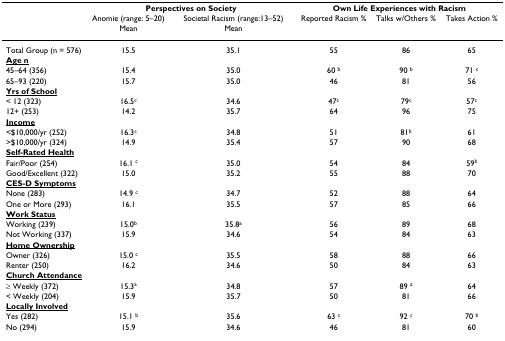
<table><thead><tr><td></td><td colspan="2"><b>Perspectives on Society</b></td><td colspan="3"><b>Own Life Experiences with Racism</b></td></tr><tr><td></td><td><b>Anomie (range: 5–20) Mean</b></td><td><b>Societal Racism (range:13–52) Mean</b></td><td><b>Reported Racism %</b></td><td><b>Talks w/Others %</b></td><td><b>Takes Action %</b></td></tr></thead><tbody><tr><td>Total Group (n = 576)</td><td>15.5</td><td>35.1</td><td>55</td><td>86</td><td>65</td></tr><tr><td><b><underline>Age </underline><underline>n</underline></b></td><td></td><td></td><td></td><td></td><td></td></tr><tr><td>45–64 (356)</td><td>15.4</td><td>35.0</td><td>60 <sup>b</sup></td><td>90 <sup>b</sup></td><td>71 <sup>c</sup></td></tr><tr><td>65–93 (220)</td><td>15.7</td><td>35.0</td><td>46</td><td>81</td><td>56</td></tr><tr><td><b><underline>Yrs of School</underline></b></td><td></td><td></td><td></td><td></td><td></td></tr><tr><td>&lt; 12 (323)</td><td>16.5<sup>c</sup></td><td>34.6</td><td>47<sup>c</sup></td><td>79<sup>c</sup></td><td>57<sup>c</sup></td></tr><tr><td>12+ (253)</td><td>14.2</td><td>35.7</td><td>64</td><td>96</td><td>75</td></tr><tr><td><b><underline>Income</underline></b></td><td></td><td></td><td></td><td></td><td></td></tr><tr><td>&lt;$10,000/yr (252)</td><td>16.3<sup>c</sup></td><td>34.8</td><td>51</td><td>81<sup>b</sup></td><td>61</td></tr><tr><td>&gt;$10,000/yr (324)</td><td>14.9</td><td>35.4</td><td>57</td><td>90</td><td>68</td></tr><tr><td><b><underline>Self-Rated Health</underline></b></td><td></td><td></td><td></td><td></td><td></td></tr><tr><td>Fair/Poor (254)</td><td>16.1 <sup>c</sup></td><td>35.0</td><td>54</td><td>84</td><td>59<sup>b</sup></td></tr><tr><td>Good/Excellent (322)</td><td>15.0</td><td>35.2</td><td>55</td><td>88</td><td>70</td></tr><tr><td><b><underline>CES-D Symptoms</underline></b></td><td></td><td></td><td></td><td></td><td></td></tr><tr><td>None (283)</td><td>14.9 <sup>c</sup></td><td>34.7</td><td>52</td><td>88</td><td>64</td></tr><tr><td>One or More (293)</td><td>16.1</td><td>35.5</td><td>57</td><td>85</td><td>66</td></tr><tr><td><b><underline>Work Status</underline></b></td><td></td><td></td><td></td><td></td><td></td></tr><tr><td>Working (239)</td><td>15.0<sup>b</sup></td><td>35.8<sup>a</sup></td><td>56</td><td>89</td><td>68</td></tr><tr><td>Not Working (337)</td><td>15.9</td><td>34.6</td><td>54</td><td>84</td><td>63</td></tr><tr><td><b><underline>Home Ownership</underline></b></td><td></td><td></td><td></td><td></td><td></td></tr><tr><td>Owner (326)</td><td>15.0 <sup>c</sup></td><td>35.5</td><td>58</td><td>88</td><td>66</td></tr><tr><td>Renter (250)</td><td>16.2</td><td>34.6</td><td>50</td><td>84</td><td>63</td></tr><tr><td><b><underline>Church Attendance</underline></b></td><td></td><td></td><td></td><td></td><td></td></tr><tr><td>≥ Weekly (372)</td><td>15.3<sup>a</sup></td><td>34.8</td><td>57</td><td>89 <sup>a</sup></td><td>64</td></tr><tr><td>&lt; Weekly (204)</td><td>15.9</td><td>35.7</td><td>50</td><td>81</td><td>66</td></tr><tr><td><b><underline>Locally Involved</underline></b></td><td></td><td></td><td></td><td></td><td></td></tr><tr><td>Yes (282)</td><td>15.1 <sup>b</sup></td><td>35.6</td><td>63 <sup>c</sup></td><td>92 <sup>c</sup></td><td>70 <sup>b</sup></td></tr><tr><td>No (294)</td><td>15.9</td><td>34.6</td><td>46</td><td>81</td><td>60</td></tr></tbody></table>